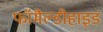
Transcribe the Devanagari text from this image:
फॉमैल्डीहाइड